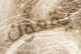
يقعون